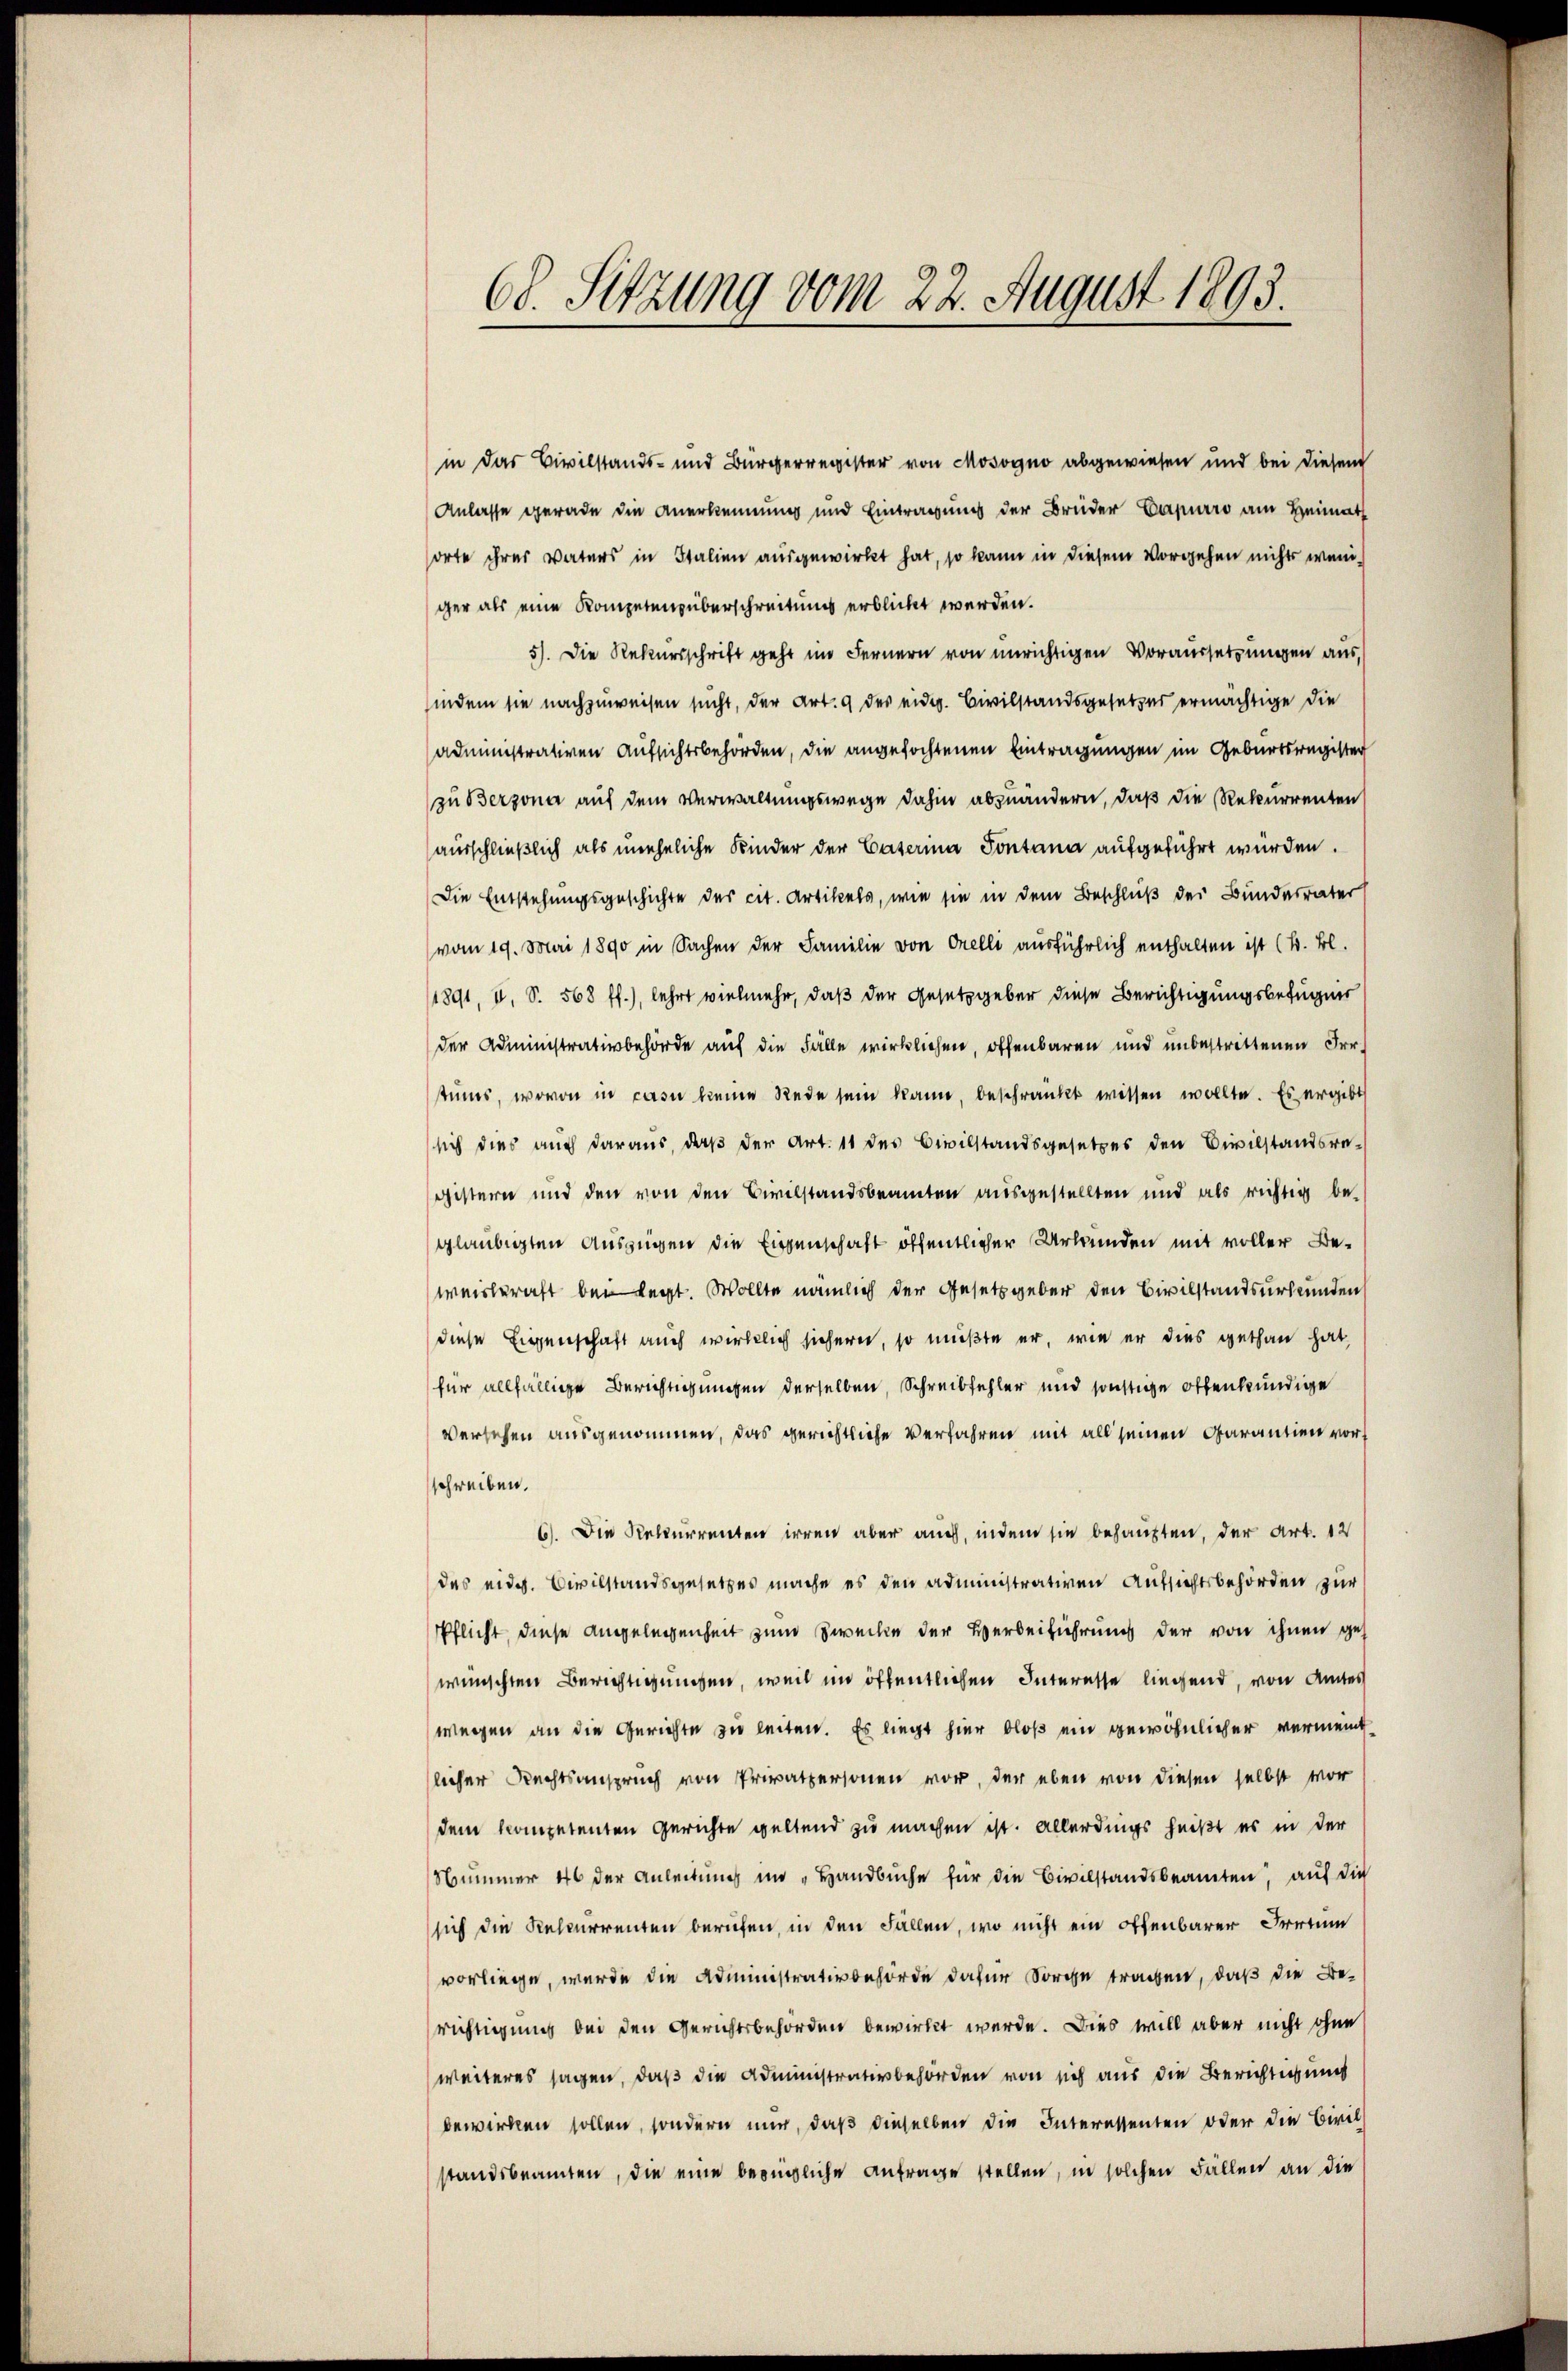
68. Sitzung vom 22. August 1893.

in das Civilstands- und Bürgerregister von Mosogno abgewiesen und bei diesem
Anlasse gerade die Anerkennung und Eintragung der Brüder Capurro am Heimath
sorte ihres Vaters in Italien ausgewirkt hat, so kann in diesem Vorgehen nichts weniger als eine Kompetensüberschreitung erblickt werden.
5). Die Rekursschrift geht im Fernern von unrichtigen Voraussetzungen aus,
hindem sie nachzuweisen sucht, der Art. 9 des eidg. Civilstandsgesetzes ermächtige die
administrativen Aufsichtsbehörden, die angefochtenen Eintragungen im Geburtsregister
zu Berzona auf dem Verwaltungswege dahin abzuändern, daß die Rekurrenten
ausschließlich als uneheliche Kinder der Caterina Pontana aufgeführt würden.
Die Entstehungsgeschichte des cit. Artikels, wie sie in dem Beschluß der Bundesrater
(vom 19. Mai 1890 in Sachen der Familie von Orelli ausführlich enthalten ist (s. Bl.
1891, u. S. 568 ff.), lehrt vielmehr, daß der Gesetzgeber diese Berichtigungsbefugnis
der Administrativbehörde auf die Fälle wirklichen, offenbaren und unbestrittenen Irr.
tums, wovon in casu keine Rede sein kann, beschränkt wissen wollte. Es ergibt
sich dies auch daraus, daß der Art. 11 des Civilstandsgesetzes den Civilstandsregistern und den von den Civilstandsbeamten ausgestellten und als richtig be-
gläubigten Auszügen die Eigenschaft öffentlicher Urkunden mit voller Beweisteraft bei legt. Wollte nämlich der Gesetzgeber den Civilstandsurkunden
diese Eigenschaft auch wirklich sicheren, so müßte er, wie er dies gethan hat,
für allfällige Berichtigungen derselben, Schreibfehler und sonstige offenkundige
Versehen ausgenommen, das gerichtliche Verfahren mit all seinen Garantien vor
schreiben.
6). Die Rekurrenten irren aber auch, indem sie behaupten, der Art. 12
des eidg. Civilstandsgesetzes mache es den administrativen Aufsichtsbehörden zur
Pflicht, diese Angelegenheit zum Zwecke der Verbeiführung der von ihnen gewünschten Berichtigungen, weil im öffentlichen Interesse liegend, von Amtes
wegen an die Gerichte zu leiten. Es liegt hier bloß ein gewöhnlicher vermeint
licher Rechtsanspruch von Privatpersonen vor, der eben von diesen selbst vor
dem kompetenten gerichte geltend zu machen ist. Allerdings heißt es in der
Nummer 46 der Anleitŭng im „Handbüche für die Civilstandsbeamten, auf die
sich die Recurrenten berufen, in den Fällen, wo nicht ein offenbarer Irren
vorliege, wurde die Administrativbehörde dafür Sorche tragen, daß die Be-
richtigung bei den Gerichtsbehörden bewirkt werde. Dies will aber nicht ohne
weiteres sagen, daß die Administrativbehörden von sich aus die Berichtigung
bewirken sollen, sondern mir, daß dieselben die Interessenten oder die Civil
standsbeamten, die eine bezügliche Anfrage stellen, in solchen Fällen an die